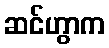
ဆင်ဟွာက